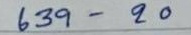
639 - 20